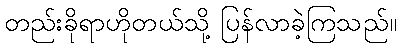
တည်းခိုရာဟိုတယ်သို့ ပြန်လာခဲ့ကြသည်။